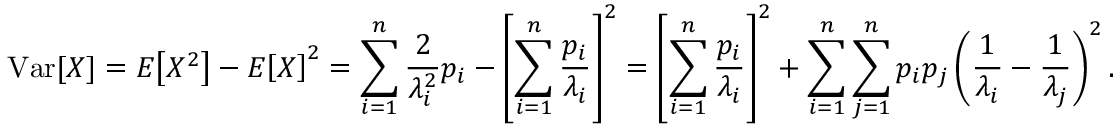
\operatorname { V a r } [ X ] = E \! \left[ X ^ { 2 } \right] - E \! \left[ X \right] ^ { 2 } = \sum _ { i = 1 } ^ { n } { \frac { 2 } { \lambda _ { i } ^ { 2 } } } p _ { i } - \left[ \sum _ { i = 1 } ^ { n } { \frac { p _ { i } } { \lambda _ { i } } } \right] ^ { 2 } = \left[ \sum _ { i = 1 } ^ { n } { \frac { p _ { i } } { \lambda _ { i } } } \right] ^ { 2 } + \sum _ { i = 1 } ^ { n } \sum _ { j = 1 } ^ { n } p _ { i } p _ { j } \left( { \frac { 1 } { \lambda _ { i } } } - { \frac { 1 } { \lambda _ { j } } } \right) ^ { 2 } .